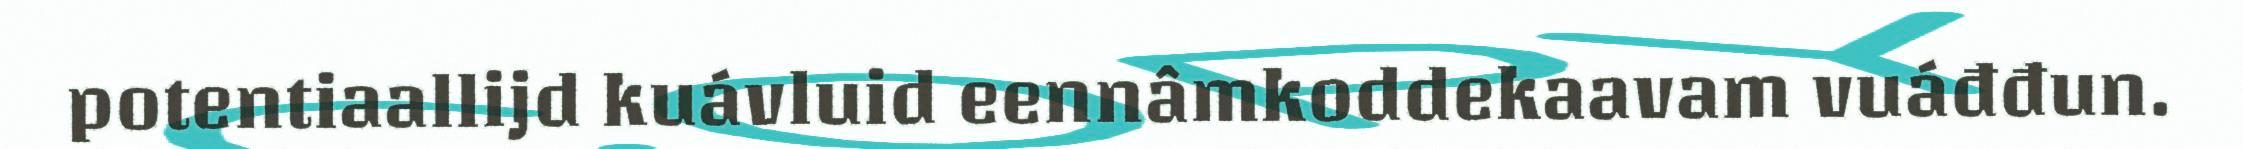
potentiaallijd kuávluid eennâmkoddekaavam vuáđđun.